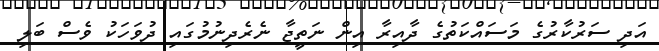
އަދި ސަރުކާރުގެ މަސައްކަތުގެ ދާއިރާ އިން ނަތީޖާ ނެރެދިނުމުގައި ދުވަހަކު ވެސް ބަލި